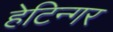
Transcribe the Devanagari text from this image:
हेटिन्गर